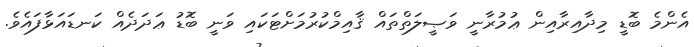
އެންމެ ބޮޑީ މިދާއިރާއިން ޢުމުރާނީ ވަޞީލަތްތައް ޤާއިމްކުރުމަށްޓަކައި ވަނީ ބޮޑު ޢަދަދެއް ކަނޑައަޅާފައެވެ.